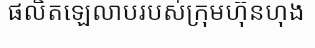
ផលិតឡេលាបរបស់ក្រុមហ៊ុនហុង